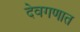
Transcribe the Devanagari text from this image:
देवगणात